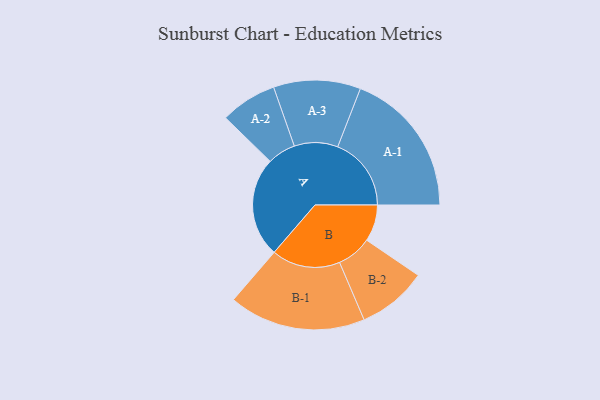
{"axis": {"x": "Segment", "y": "Value"}, "legend": ["", "A", "B"], "data": [{"x": "A", "y": 393, "type": ""}, {"x": "B", "y": 144, "type": ""}, {"x": "A-1", "y": 289, "type": "A"}, {"x": "A-2", "y": 111, "type": "A"}, {"x": "A-3", "y": 171, "type": "A"}, {"x": "B-1", "y": 269, "type": "B"}, {"x": "B-2", "y": 137, "type": "B"}]}